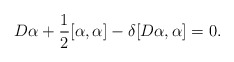
\begin{align*}D\alpha + \frac{1}{2}[\alpha , \alpha] - \delta [D\alpha , \alpha] = 0.\end{align*}